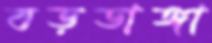
বড়ডাঙ্গা